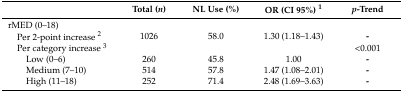
|  | Total (n) | NL Use (%) | OR (CI 95%) 1 | p-Trend |
 | --- | --- | --- | --- | --- |
 | rMED (0–18) |  |  |  |  |
 | Per 2-point increase 2 | 1026 | 58.0 | 1.30 (1.18–1.43) | - |
 | Per category increase 3 |  |  |  | <0.001 |
 | Low (0–6) | 260 | 45.8 | 1.00 | - |
 | Medium (7–10) | 514 | 57.8 | 1.47 (1.08–2.01) | - |
 | High (11–18) | 252 | 71.4 | 2.48 (1.69–3.63) | - |